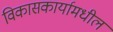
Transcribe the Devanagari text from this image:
विकासकार्यामधील